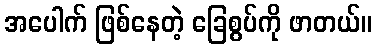
အပေါက် ဖြစ်နေတဲ့ ခြေစွပ်ကို ဖာတယ်။